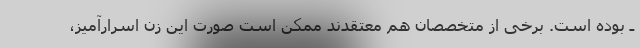
ـ بوده است. برخی از متخصصان هم معتقدند ممکن است صورت این زن اسرارآمیز،